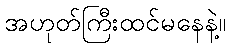
အဟုတ်ကြီးထင်မနေနဲ့။